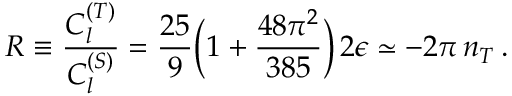
R \equiv { \frac { C _ { l } ^ { ( T ) } } { C _ { l } ^ { ( S ) } } } = { \frac { 2 5 } { 9 } } \Big ( 1 + { \frac { 4 8 \pi ^ { 2 } } { 3 8 5 } } \Big ) \, 2 \epsilon \simeq - 2 \pi \, n _ { T } \, .